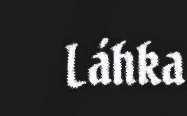
Láhka